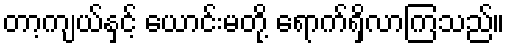
တာ့ကျယ်နှင့် ယောင်းမတို့ ရောက်ရှိလာကြသည်။